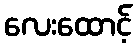
လေးထောင့်